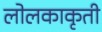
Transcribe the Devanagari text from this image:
लोलकाकृती